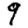
Digit: 9